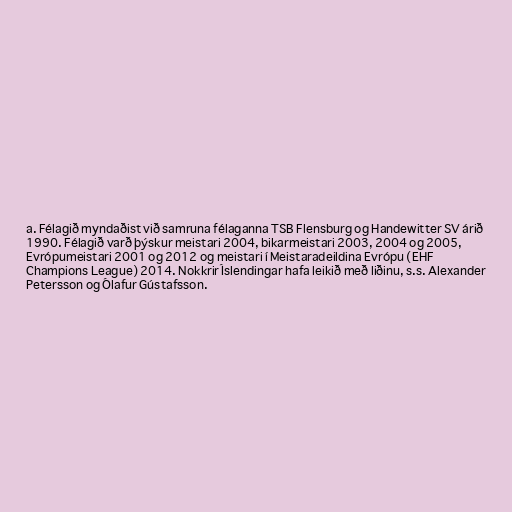
a. Félagið myndaðist við samruna félaganna TSB Flensburg og Handewitter SV árið
1990. Félagið varð þýskur meistari 2004, bikarmeistari 2003, 2004 og 2005,
Evrópumeistari 2001 og 2012 og meistari í Meistaradeildina Evrópu (EHF
Champions League) 2014. Nokkrir Íslendingar hafa leikið með liðinu, s.s. Alexander
Petersson og Ólafur Gústafsson.